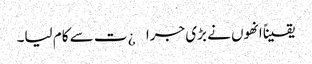
یقیناً انھوں نے بڑی جرا¿ت سے کام لیا۔